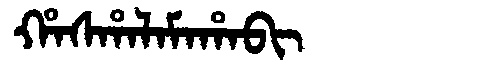
Manchu: ᡥᠠᠰᡥᠠᠯᠠᠮᠠᡥᠠᠪᡳ
Romanization: HASHALAMAHABI